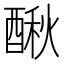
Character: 𨡲